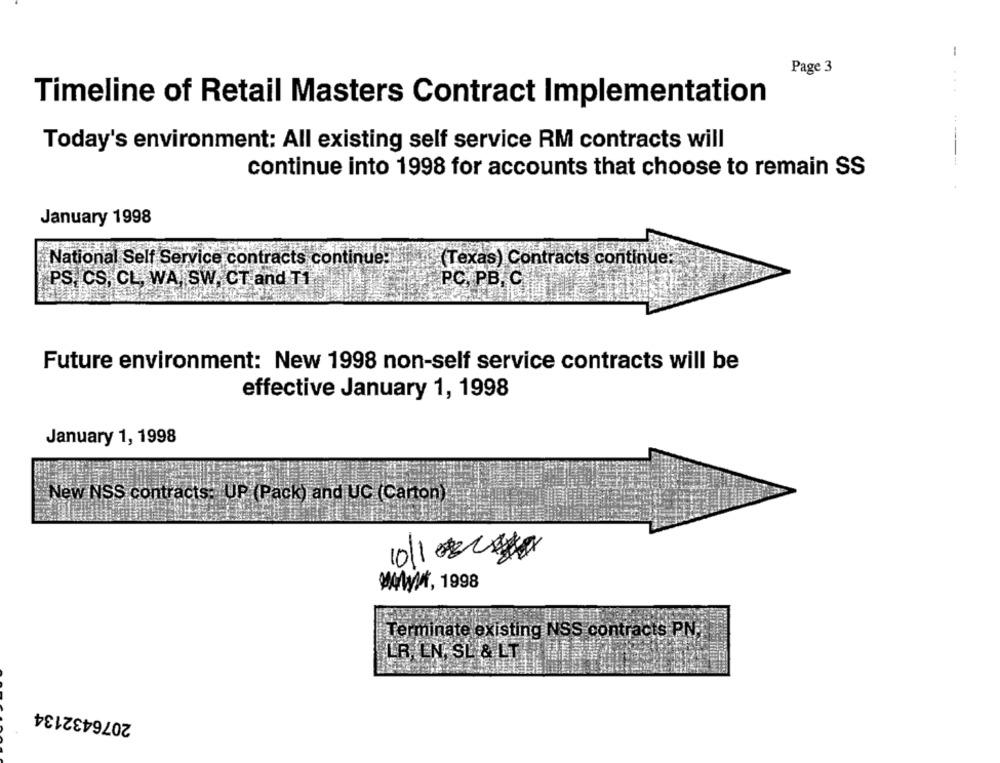
-
Page 3
. .
Timeline of Retail Masters Contract Implementation
Today's environment: All existing self service RM contracts will
continue into 1998 for accounts that choose to remain SS
January 1998
National Self Service contracts continue:
(Texas) Contracts continue;
PS, CS, CL, WA, SW, CT and T1
PC, PB. C.
Future environment: New 1998 non-self service contracts will be
effective January 1, 1998
January 1, 1998
New NSS contracts: UP (Pack) and UC (Carton)
10|1 ##
WWMi, 1998
Terminate existing NSS contracts PN.
LR. LN, SL & LT .. .
2076432134